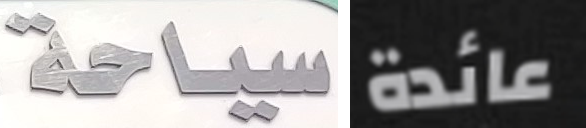
سياحة عائدة